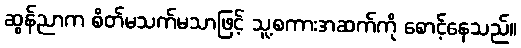
ဆွန်ညာက စိတ်မသက်မသာဖြင့် သူ့စကားအဆက်ကို စောင့်နေသည်။